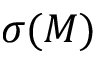
\sigma ( M )